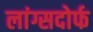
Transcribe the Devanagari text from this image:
लांग्सदोर्फ